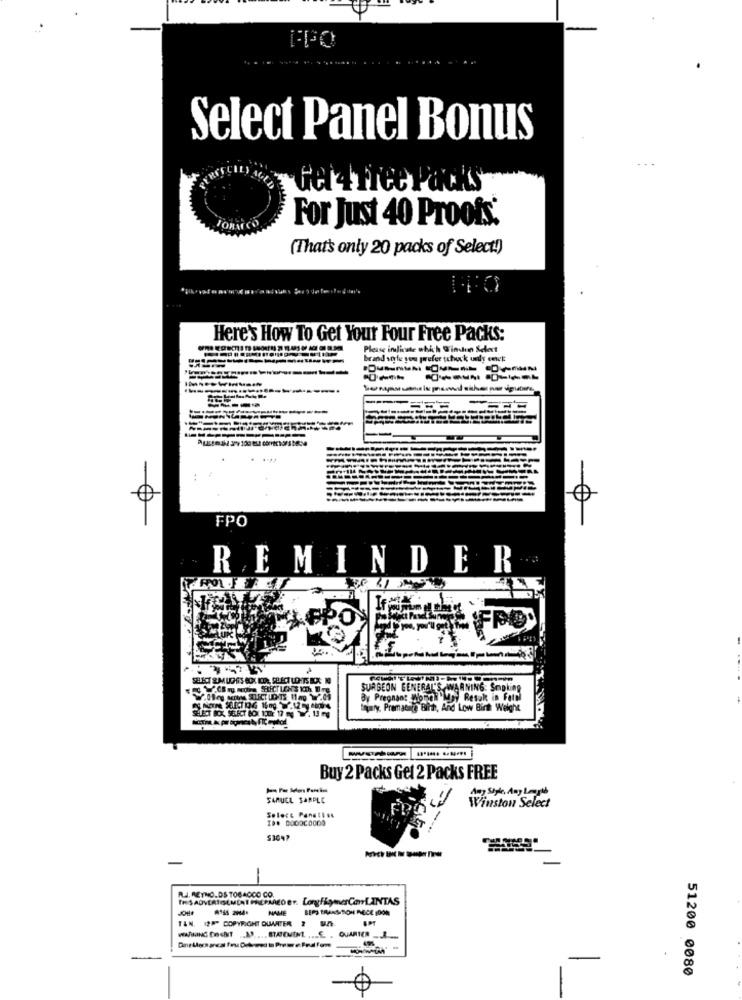
Select Panel Bonus
Get4 free Packs
For Just 40 Proofs:
(That's only 20 packs of Select!)
Here's How To Get Your Four Free Packs:
Please indicate which Winden Seet
-----------
brand soyle you prefer tcheck uals eenek:
---
-
FPO
REMINDER
LEPO
SURGEON GENERAL'S
By Pregnant Nongli gi Resort in Fac
hary, Prematice Binh, And
Low Bin
Buy 2 Packs Get 2 Packs FREE
SAMUEL SAMPLE
Winston Select
Amy Style, Any Lampes
--
ALJ. REYNOLDS TOBACCO CO.
NAME
BERS TRANSITION INVECE 10ON
TAN. I2P* COPYRIGHT OUWRITER 2
51200 0080